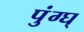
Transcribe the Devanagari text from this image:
पुंग्घ्